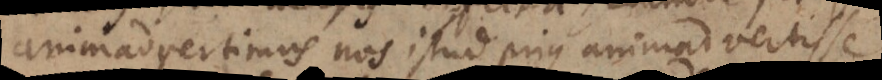
animadvertimus nos istud prius animadvertisse,